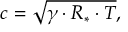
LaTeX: c = { \sqrt { \gamma \cdot R _ { * } \cdot T } } ,